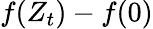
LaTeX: f(Z_{t})-f(0)